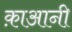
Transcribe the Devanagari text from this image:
क़ाआनी